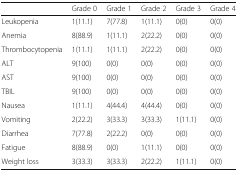
<table><thead><tr><td></td><td><b>Grade 0</b></td><td><b>Grade 1</b></td><td><b>Grade 2</b></td><td><b>Grade 3</b></td><td><b>Grade 4</b></td></tr></thead><tbody><tr><td>Leukopenia</td><td>1(11.1)</td><td>7(77.8)</td><td>1(11.1)</td><td>0(0)</td><td>0(0)</td></tr><tr><td>Anemia</td><td>8(88.9)</td><td>1(11.1)</td><td>2(22.2)</td><td>0(0)</td><td>0(0)</td></tr><tr><td>Thrombocytopenia</td><td>1(11.1)</td><td>1(11.1)</td><td>2(22.2)</td><td>0(0)</td><td>0(0)</td></tr><tr><td>ALT</td><td>9(100)</td><td>0(0)</td><td>0(0)</td><td>0(0)</td><td>0(0)</td></tr><tr><td>AST</td><td>9(100)</td><td>0(0)</td><td>0(0)</td><td>0(0)</td><td>0(0)</td></tr><tr><td>TBIL</td><td>9(100)</td><td>0(0)</td><td>0(0)</td><td>0(0)</td><td>0(0)</td></tr><tr><td>Nausea</td><td>1(11.1)</td><td>4(44.4)</td><td>4(44.4)</td><td>0(0)</td><td>0(0)</td></tr><tr><td>Vomiting</td><td>2(22.2)</td><td>3(33.3)</td><td>3(33.3)</td><td>1(11.1)</td><td>0(0)</td></tr><tr><td>Diarrhea</td><td>7(77.8)</td><td>2(22.2)</td><td>0(0)</td><td>0(0)</td><td>0(0)</td></tr><tr><td>Fatigue</td><td>8(88.9)</td><td>0(0)</td><td>1(11.1)</td><td>0(0)</td><td>0(0)</td></tr><tr><td>Weight loss</td><td>3(33.3)</td><td>3(33.3)</td><td>2(22.2)</td><td>1(11.1)</td><td>0(0)</td></tr></tbody></table>